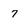
Character: 7